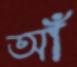
আঁ